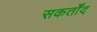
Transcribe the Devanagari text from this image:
सकर्तोंद